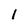
Character: 1